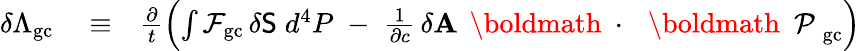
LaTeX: \begin{array}{rlr}{\delta\Lambda_{\mathrm{gc}}}&{{}\equiv}&{\frac{\partial}{t}\left(\int{\cal F}_{\mathrm{gc}}\, \delta{\sf S}\; d^{4}P\; -\; \frac{1}{\partial c}\, \delta{\mathbf A}\, \mathrm{~\boldmath~\cdot~}\, \mathrm{~\boldmath~\cal~P~}_{\mathrm{gc}}\right)}\end{array}